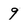
Character: 9